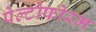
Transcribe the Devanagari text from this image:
पेल्टोफोरम